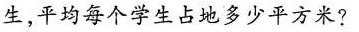
生，平均每个学生占地多少平方米?